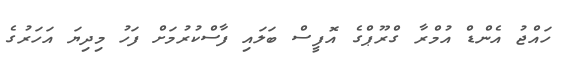
ހައްޖު އެންޑް އުމްރާ ގްރޫޕްގެ އޮފީސް ބަލައި ފާސްކުރުމަށް ފަހު މިދިޔަ އަހަރުގެ